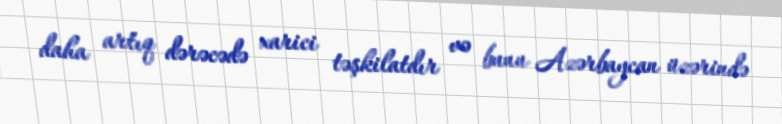
daha artıq dərəcədə xarici təşkilatdır və bunu Azərbaycan üzərində